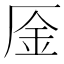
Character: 㕋